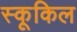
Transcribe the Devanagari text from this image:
स्कूकिल